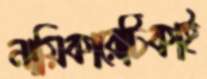
নায়িকারেটিকাই